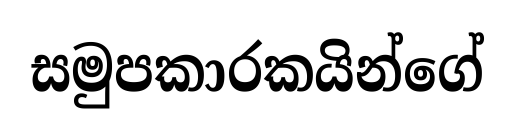
සමුපකාරකයින්ගේ